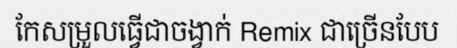
កែសម្រួលធ្វើជាចង្វាក់ Remix ជាច្រើនបែប